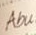
Abu